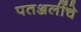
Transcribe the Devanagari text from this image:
पतञ्जलींचे